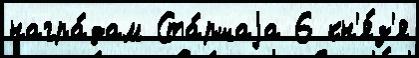
награ́дам Ста́ршаjа 6 кн'я́з'я